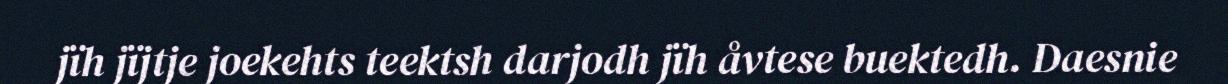
jïh jïjtje joekehts teektsh darjodh jïh åvtese buektedh. Daesnie